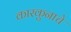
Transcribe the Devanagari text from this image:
कारकुनाचे